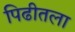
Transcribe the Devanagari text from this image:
पिढीतला